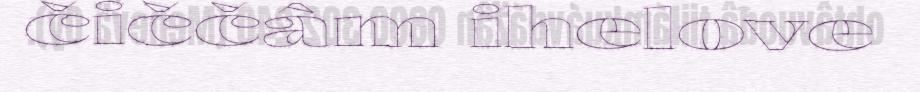
čiččâm ihelove